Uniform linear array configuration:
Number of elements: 12
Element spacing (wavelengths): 1
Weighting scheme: exponential
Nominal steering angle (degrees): -60
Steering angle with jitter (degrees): -58.071
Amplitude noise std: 0.05
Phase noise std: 0.05

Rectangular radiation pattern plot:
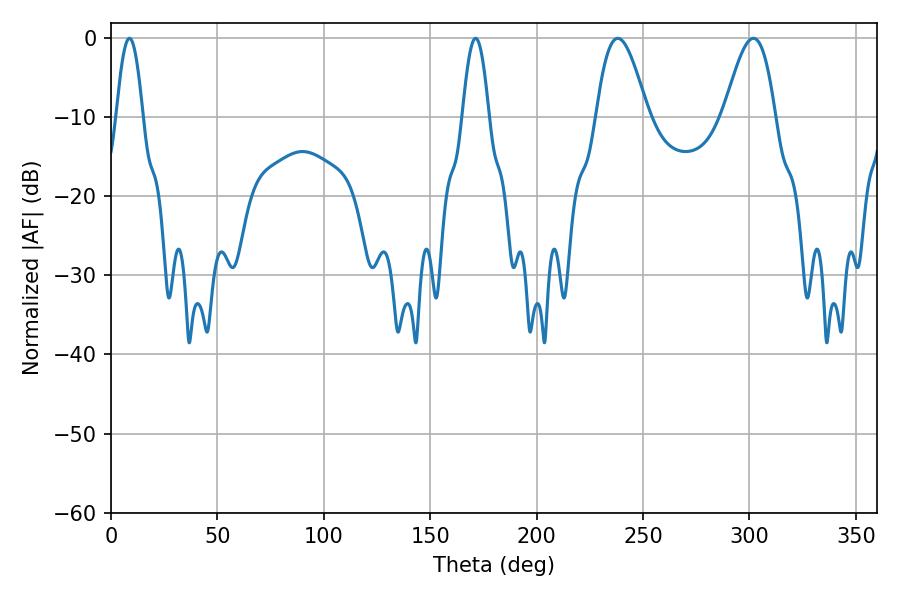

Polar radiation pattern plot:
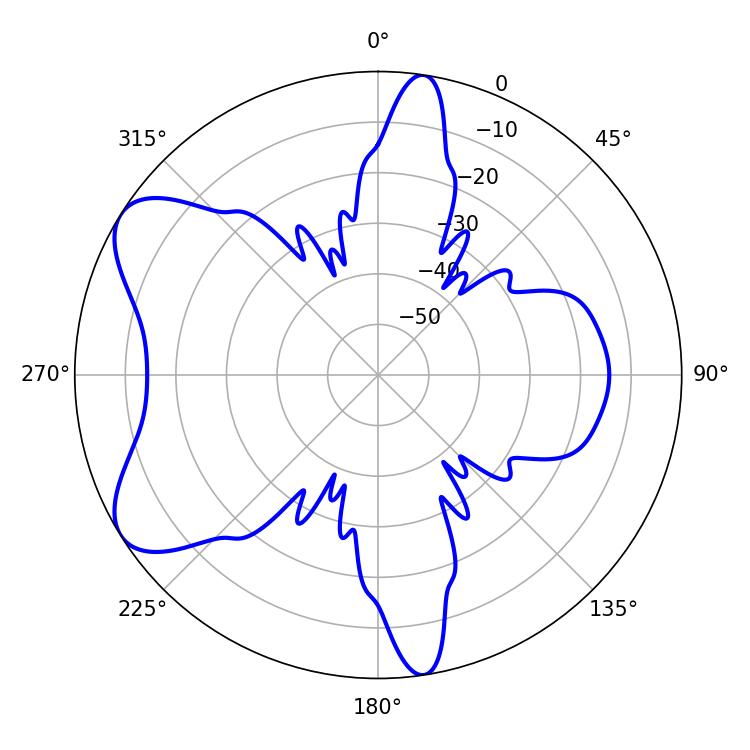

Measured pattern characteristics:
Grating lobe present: TRUE
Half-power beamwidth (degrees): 13.14
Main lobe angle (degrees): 238.14